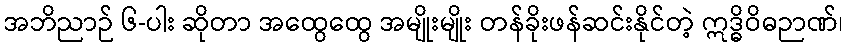
အဘိညာဉ် ၆-ပါး ဆိုတာ အထွေထွေ အမျိုးမျိုး တန်ခိုးဖန်ဆင်းနိုင်တဲ့ ဣဒ္ဓိဝိဓဉာဏ်၊